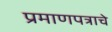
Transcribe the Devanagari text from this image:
प्रमाणपत्राचे